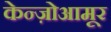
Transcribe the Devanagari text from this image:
केन्ज़ोआमूर